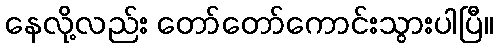
နေလို့လည်း တော်တော်ကောင်းသွားပါပြီ။